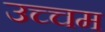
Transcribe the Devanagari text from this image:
उच्चम